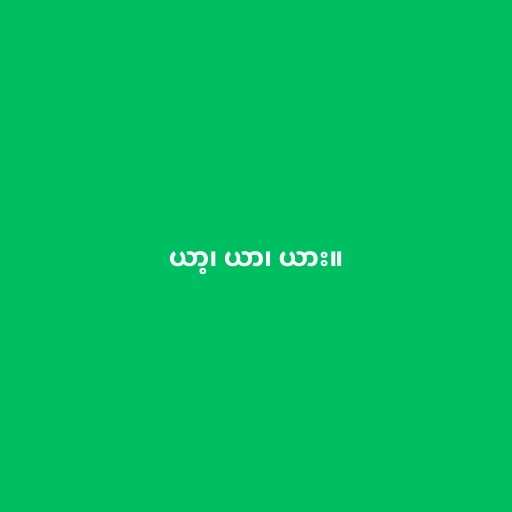
ယာ့၊ ယာ၊ ယား။